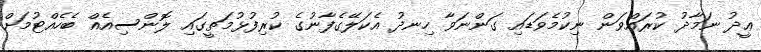
ޢީދު ނަމާދު ކުރައްވަން ނިކުމެވަޑައި ގަންނަވާ ހިނދު އެކަލޭގެފާނުގެ ކުރިފުޅުމަތީގައި ލޮންސިއެއް ބެހެއްޓުމަށް